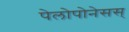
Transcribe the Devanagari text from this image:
पेलोपोनेसस्‌